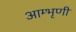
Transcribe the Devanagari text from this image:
आम्भृणी